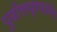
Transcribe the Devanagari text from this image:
पुढीलप्रमाणेः